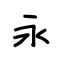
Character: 永